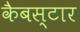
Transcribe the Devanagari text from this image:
कैबस्टार